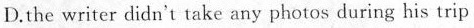
D.the writer didn't take any photos during his trip